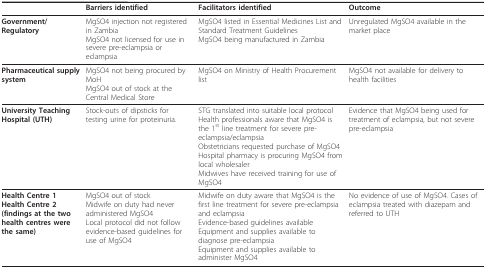
|  | Barriers identified | Facilitators identified | Outcome |
 | --- | --- | --- | --- |
 | Government/Regulatory | MgSO4 injection not registered in ZambiaMgSO4 not licensed for use in severe pre-eclampsia or eclampsia | MgSO4 listed in Essential Medicines List and Standard Treatment GuidelinesMgSO4 being manufactured in Zambia | Unregulated MgSO4 available in the market place |
 | Pharmaceutical supply system | MgSO4 not being procured by MoHMgSO4 out of stock at the Central Medical Store | MgSO4 on Ministry of Health Procurement list | MgSO4 not available for delivery to health facilities |
 | University Teaching Hospital (UTH) | Stock-outs of dipsticks for testing urine for proteinuria. | STG translated into suitable local protocolHealth professionals aware that MgSO4 is the 1st line treatment for severe pre-eclampsia/eclampsiaObstetricians requested purchase of MgSO4Hospital pharmacy is procuring MgSO4 from local wholesalerMidwives have received training for use of MgSO4 | Evidence that MgSO4 being used for treatment of eclampsia, but not severe pre-eclampsia |
 | Health Centre 1Health Centre 2(findings at the two health centres were the same) | MgSO4 out of stockMidwife on duty had never administered MgSO4Local protocol did not follow evidence-based guidelines for use of MgSO4 | Midwife on duty aware that MgSO4 is the first line treatment for severe pre-eclampsia and eclampsiaEvidence-based guidelines availableEquipment and supplies available to diagnose pre-eclampsiaEquipment and supplies available to administer MgSO4 | No evidence of use of MgSO4. Cases of eclampsia treated with diazepam and referred to UTH |